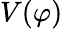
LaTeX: V(\varphi)